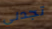
تجدني